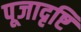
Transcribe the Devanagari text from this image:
पूजादृष्टि